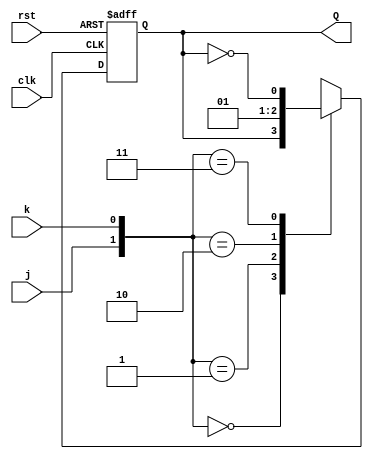
`timescale 1ns / 1ps
//////////////////////////////////////////////////////////////////////////////////
// Company: 
// Engineer: 
// 
// Design Name: 
// Module Name: jk_ff
// Project Name: 
// Target Devices: 
// Tool Versions: 
// Description: 
// 
// Dependencies: 
// 
// Revision:
// Revision 0.01 - File Created
// Additional Comments:
// 
//////////////////////////////////////////////////////////////////////////////////


module jk_ff(input j,k,clk,rst,output reg Q);
initial begin
Q=0;
end
always @(negedge clk or negedge rst)
begin
if(rst==0) Q=0;
else begin
case({j,k})
2'b00:begin Q<=Q;end
2'b01:begin Q<=0; end
2'b10:begin Q<=1;end
2'b11:begin Q<=!Q;end
endcase
end
end
endmodule